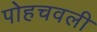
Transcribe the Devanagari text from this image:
पोहचवली